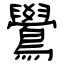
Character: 鷽